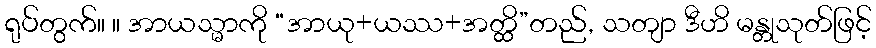
ရုပ်တွက်။ ။ အာယသ္မာကို “အာယု+ယဿ+အတ္ထိ”တည်, သတျာ ဒီဟိ မန္တုသုတ်ဖြင့်